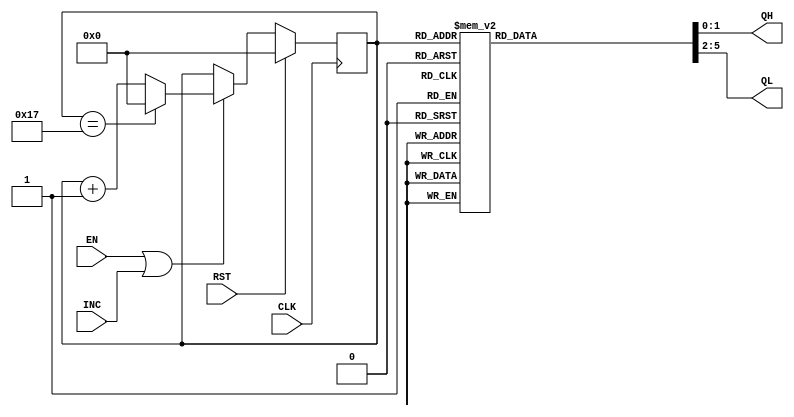
module HOURCNT(
        input CLK, RST,
        input EN, INC,
        output reg [1:0] QH,
        output reg [3:0] QL
    );

    reg [4:0] cnt24;

    /* 24 */
    always @(posedge CLK) begin
        if( RST )
            cnt24 <= 5'd0;
        else if( EN | INC ) begin
            if( cnt24 == 5'd23 )
                cnt24 <= 5'd0;
            else
                cnt24 <= cnt24 + 1'b1;
        end
    end

    /* 242 */
    always @* begin
        case( cnt24 )
            5'd0 : begin QH = 2'd0; QL = 4'd0; end
            5'd1 : begin QH = 2'd0; QL = 4'd1; end
            5'd2 : begin QH = 2'd0; QL = 4'd2; end
            5'd3 : begin QH = 2'd0; QL = 4'd3; end
            5'd4 : begin QH = 2'd0; QL = 4'd4; end
            5'd5 : begin QH = 2'd0; QL = 4'd5; end
            5'd6 : begin QH = 2'd0; QL = 4'd6; end
            5'd7 : begin QH = 2'd0; QL = 4'd7; end
            5'd8 : begin QH = 2'd0; QL = 4'd8; end
            5'd9 : begin QH = 2'd0; QL = 4'd9; end
            5'd10 : begin QH = 2'd1; QL = 4'd0; end
            5'd11 : begin QH = 2'd1; QL = 4'd1; end
            5'd12 : begin QH = 2'd1; QL = 4'd2; end
            5'd13 : begin QH = 2'd1; QL = 4'd3; end
            5'd14 : begin QH = 2'd1; QL = 4'd4; end
            5'd15 : begin QH = 2'd1; QL = 4'd5; end
            5'd16 : begin QH = 2'd1; QL = 4'd6; end
            5'd17 : begin QH = 2'd1; QL = 4'd7; end
            5'd18 : begin QH = 2'd1; QL = 4'd8; end
            5'd19 : begin QH = 2'd1; QL = 4'd9; end
            5'd20 : begin QH = 2'd2; QL = 4'd0; end
            5'd21 : begin QH = 2'd2; QL = 4'd1; end
            5'd22 : begin QH = 2'd2; QL = 4'd2; end
            5'd23 : begin QH = 2'd2; QL = 4'd3; end
            default : begin QH = 2'bx; QL = 4'bx; end
        endcase
    end
endmodule